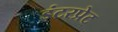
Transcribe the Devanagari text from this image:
इंटरप्रेट